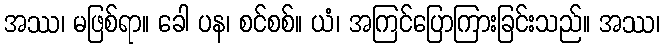
အဿ၊ မဖြစ်ရာ။ ခေါ ပန၊ စင်စစ်။ ယံ၊ အကြင်ပြောကြားခြင်းသည်။ အဿ၊